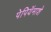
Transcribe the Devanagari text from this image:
पेपियॅमाशे